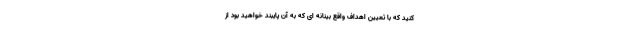
کنید که با تعیین اهداف واقع بینانه ای که به آن پایبند خواهید بود از